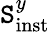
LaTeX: \mathtt{S}_{\mathrm{{inst}}}^{y}